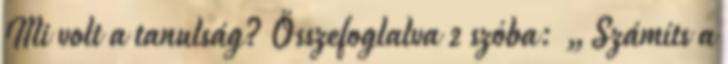
Mi volt a tanulság? Összefoglalva 2 szóba: „Számíts a